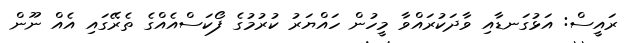
ރައީސް: އަޅުގަނޑާއި ވާދަކުރައްވާ މީހުން ހައްޔަރު ކުރުމުގެ ފޯކަސްއެއްގެ ތެރޭގައި އެއް ނޫން